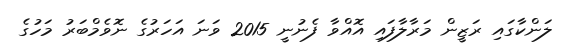
ލަންކާގައި ރަޒީން މަރާލާފައި އޮއްވާ ފެނުނީ 2015 ވަނަ އަހަރުގެ ނޮވެމްބަރު މަހުގެ